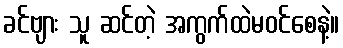
ခင်ဗျား သူ ဆင်တဲ့ အကွက်ထဲမဝင်စေနဲ့။